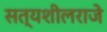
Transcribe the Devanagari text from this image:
सत्यशीलराजे